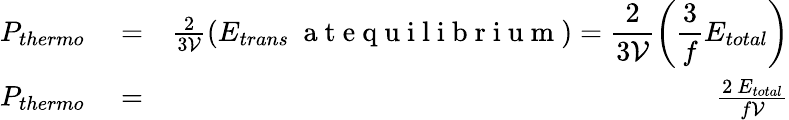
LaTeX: \begin{array}{rlr}{P_{thermo}}&{{}=}&{\frac{2}{3\mathcal{V}}\displaystyle\left(E_{trans}~\mathrm{~a~t~e~q~u~i~l~i~b~r~i~u~m~}\right)=\frac{2}{3\mathcal{V}}\left(\frac{3}{f}E_{total}\right)}\\ {P_{{thermo}}}&{{}=}&{\frac{2~E_{total}}{f\mathcal{V}}}\end{array}